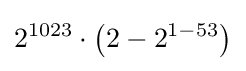
2^{1023}\cdot \left(2-2^{1-53}\right)